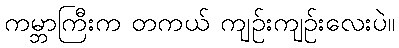
ကမ္ဘာကြီးက တကယ် ကျဉ်းကျဉ်းလေးပဲ။